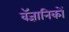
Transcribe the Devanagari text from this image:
वॅज्ञानिकों